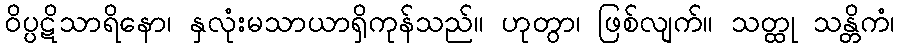
ဝိပ္ပဋိသာရိနော၊ နှလုံးမသာယာရှိကုန်သည်။ ဟုတွာ၊ ဖြစ်လျက်။ သတ္ထု သန္တိကံ၊